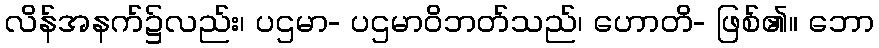
လိန်အနက်၌လည်း၊ ပဌမာ- ပဌမာဝိဘတ်သည်၊ ဟောတိ- ဖြစ်၏။ ဘော